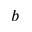
b